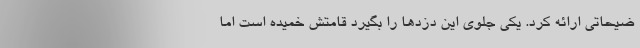
ضیحاتی ارائه کرد. یکی جلوی این دزدها را بگیرد قامتش خمیده است اما